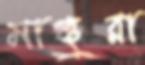
মাঞ্চুরা